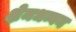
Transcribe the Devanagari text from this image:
क्षेमधन्वन